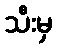
သီးမှ